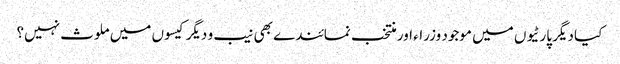
کیا دیگر پارٹیوں میں موجود وزراء اور منتخب نمائندے بھی نیب و دیگر کیسوں میں ملوث نہیں؟